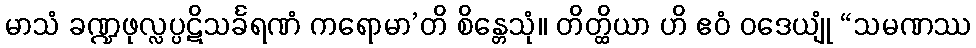
မာသံ ခဏ္ဍဖုလ္လပ္ပဋိသင်္ခရဏံ ကရောမာ’တိ စိန္တေသုံ။ တိတ္ထိယာ ဟိ ဧဝံ ဝဒေယျုံ “သမဏဿ